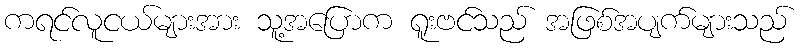
ကရင်လူငယ်များအား သူ့အပြောက ရူးဗင်သည် အဖြစ်အပျက်များသည်